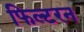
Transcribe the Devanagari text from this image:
फिल्टरन